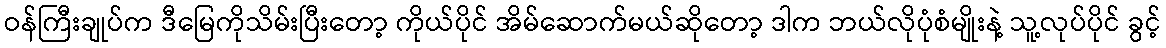
ဝန်ကြီးချုပ်က ဒီမြေကိုသိမ်းပြီးတော့ ကိုယ်ပိုင် အိမ်ဆောက်မယ်ဆိုတော့ ဒါက ဘယ်လိုပုံစံမျိုးနဲ့ သူ့လုပ်ပိုင် ခွင့်